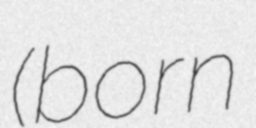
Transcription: (born